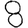
Digit: 8